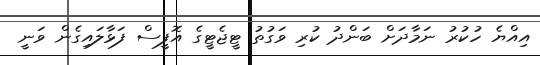
އިއްޔެ ހުކުރު ނަމާދަށް ބަންދު ކުރި ވަގުތު ޓީޖެޓީގެ އޮފީސް ފަޅާލައިގެން ވަނީ